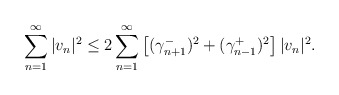
\begin{align*} \sum_{n=1}^\infty |v_n|^2 \le 2 \sum_{n=1}^\infty \left[(\gamma_{n+1}^-)^2 + (\gamma_{n-1}^+)^2\right] |v_n|^2. \end{align*}